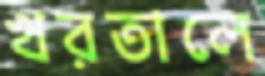
খরতালে